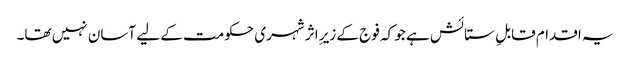
یہ اقدام قابلِ ستائش ہے جو کہ فوج کے زیرِ اثر شہری حکومت کے لیے آسان نہیں تھا۔